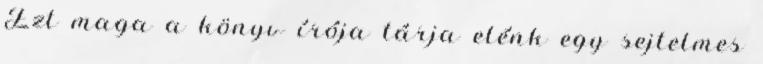
Ezt maga a könyv írója tárja elénk egy sejtelmes